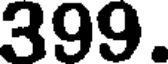
399.